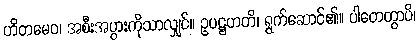
ဟိတမေဝ၊ အစီးအပွားကိုသာလျှင်။ ဥပဋ္ဌဟတိ၊ ရွက်ဆောင်၏။ ပါတေတွာပိ၊